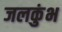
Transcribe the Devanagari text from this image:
जलकुंभ